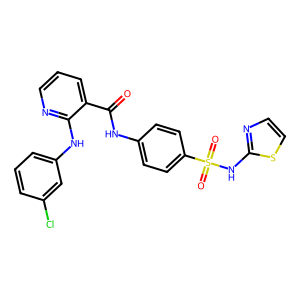
SMILES: O=C(Nc1ccc(S(=O)(=O)Nc2nccs2)cc1)c1cccnc1Nc1cccc(Cl)c1
Inhibits HIV replication: No